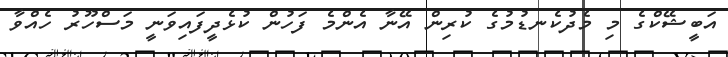
އަބީޝޭކްގެ މި މެދުކެނޑުމުގެ ކުރިން އޭނާ އެންމެ ފަހުން ކުޅެދީފައިވަނީ މަސްހޫރު ހެއްވާ